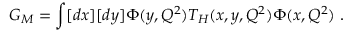
G _ { M } = \int [ d x ] [ d y ] \Phi ( y , Q ^ { 2 } ) T _ { H } ( x , y , Q ^ { 2 } ) \Phi ( x , Q ^ { 2 } ) \ .